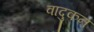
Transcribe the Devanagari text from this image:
वादुकन